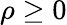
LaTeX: \rho\ge 0